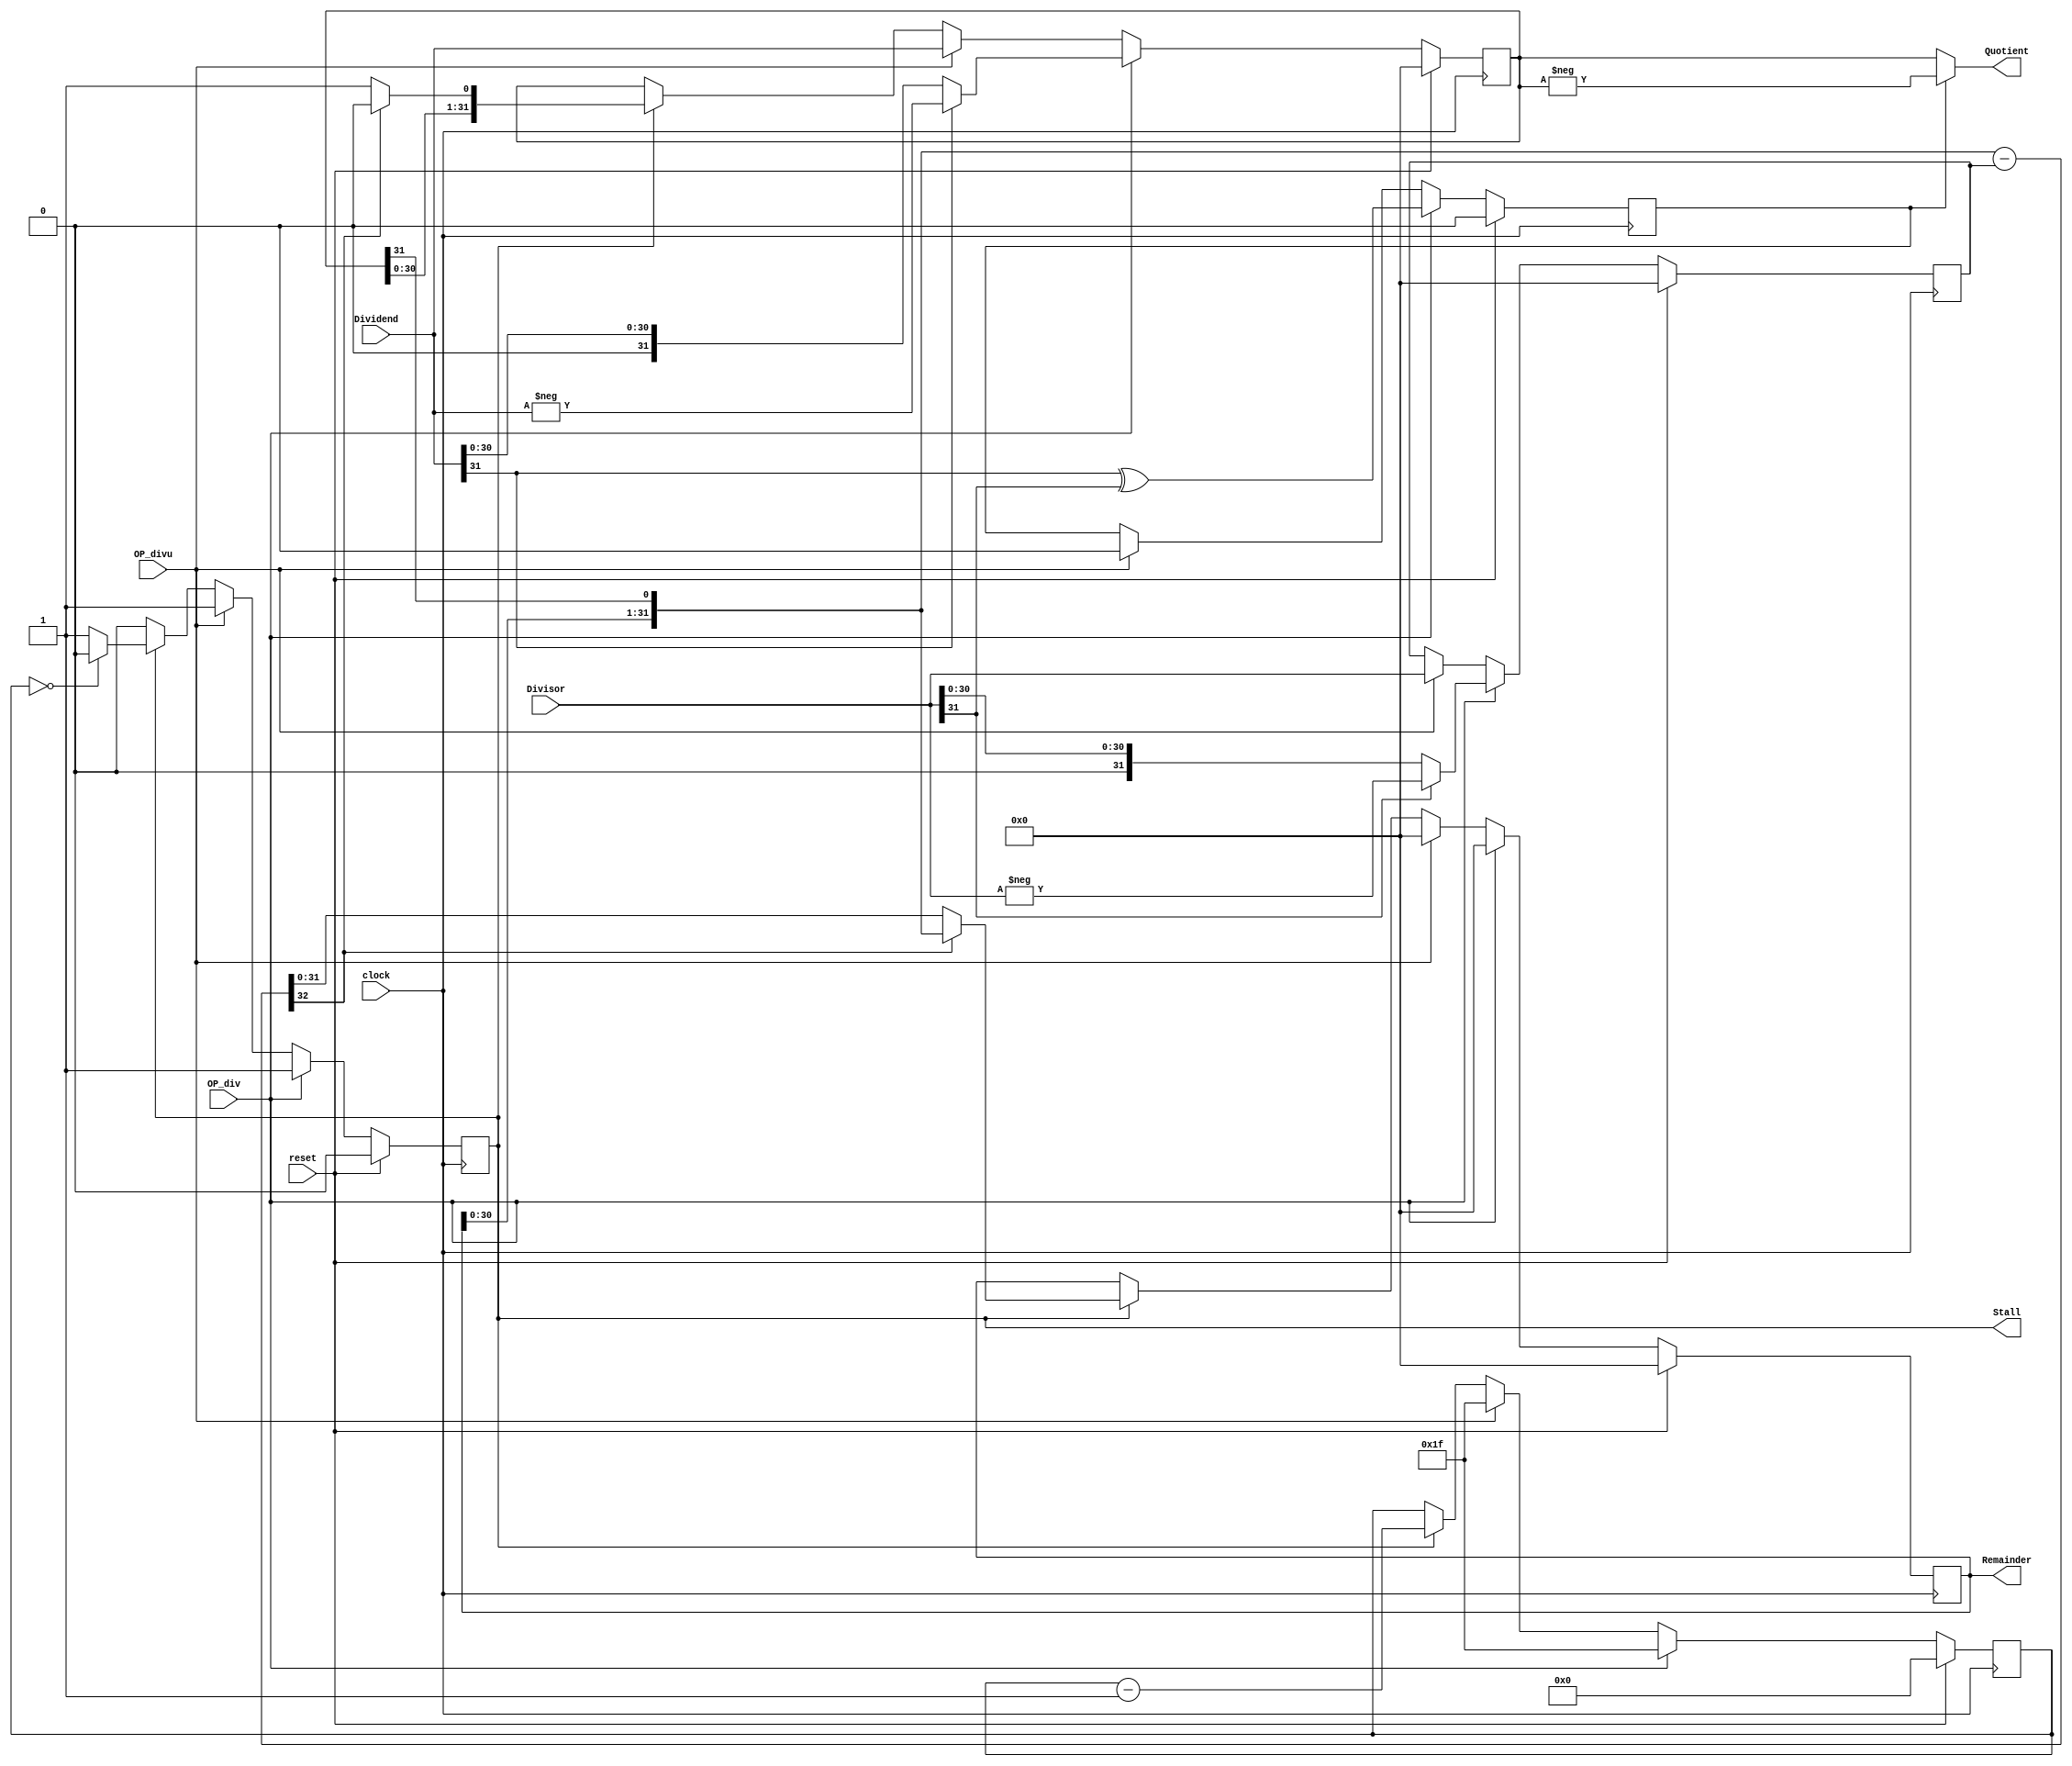
module Divide(
    input           clock,
    input           reset,
    input           OP_div,     // True to initiate a signed divide
    input           OP_divu,    // True to initiate an unsigned divide
    input  [31:0]   Dividend,
    input  [31:0]   Divisor,
    output [31:0]   Quotient,
    output [31:0]   Remainder,
    output          Stall       // True while calculating
    );


    reg             active;     // True if the divider is running
    reg             neg;        // True if the result will be negative
    reg [4:0]       cycle;      // Number of cycles to go

    reg [31:0]      result;     // Begin with dividend, end with quotient
    reg [31:0]      denom;      // Divisor
    reg [31:0]      work;       // Running remainder

    // Calculate the current digit
    wire [32:0]     sub = { work[30:0], result[31] } - denom;

    // Send the results to our master
    assign Quotient = !neg ? result : -result;
    assign Remainder = work;
    assign Stall = active;

    // The state machine
    always @(posedge clock) begin
        if (reset) begin
            active <= 0;
            neg <= 0;
            cycle <= 0;
            result <= 0;
            denom <= 0;
            work <= 0;
        end
        else begin
            if (OP_div) begin
                // Set up for a signed divide.  Remember the resulting sign,
                // and make the operands positive.
                cycle <= 5'd31;
                result <= (Dividend[31] == 0) ? Dividend : -Dividend;
                denom <= (Divisor[31] == 0) ? Divisor : -Divisor;
                work <= 32'b0;
                neg <= Dividend[31] ^ Divisor[31];
                active <= 1;
            end
            else if (OP_divu) begin
                // Set up for an unsigned divide.
                cycle <= 5'd31;
                result <= Dividend;
                denom <= Divisor;
                work <= 32'b0;
                neg <= 0;
                active <= 1;
            end
            else if (active) begin
                // Run an iteration of the divide.
                if (sub[32] == 0) begin
                    work <= sub[31:0];
                    result <= {result[30:0], 1'b1};
                end
                else begin
                    work <= {work[30:0], result[31]};
                    result <= {result[30:0], 1'b0};
                end

                if (cycle == 0) begin
                    active <= 0;
                end

                cycle <= cycle - 5'd1;
            end
        end
    end

endmodule